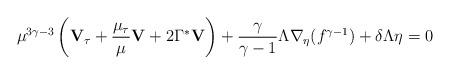
LaTeX: \begin{align*}\mu^{3\gamma-3}\left({\bf V}_\tau + \frac{\mu_\tau}{\mu}{\bf V}+2\Gamma^\ast {\bf V}\right) + \frac\gamma{\gamma-1}\Lambda\nabla_\eta(f^{\gamma-1}) +\delta\Lambda{\bf \eta}=0\end{align*}